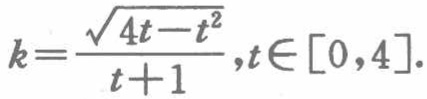
\[k = \frac{\sqrt{4t - t^{2}}}{t + 1},t\in[0,4].\]